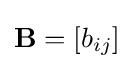
\mathbf {B} =\left[b_{ij}\right]